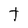
Character: Y